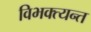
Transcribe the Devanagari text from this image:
विभक्त्यन्त